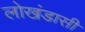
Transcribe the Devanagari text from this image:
लोखंडासी